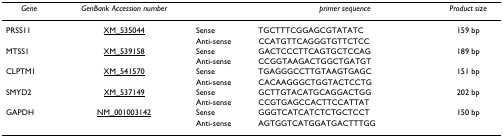
| Gene | GenBank Accession number |  | primer sequence | Product size |
 | --- | --- | --- | --- | --- |
 | PRSS11 | XM_535044 | Sense | TGCTTTCGGAGCGTATATC | 159 bp |
 |  |  | Anti-sense | CCATGTTCAGGGTGTTCTCC |  |
 | MTSS1 | XM_539158 | Sense | GACTCCCTTCAGTGCTCCAG | 189 bp |
 |  |  | Anti-sense | CCGGTAAGACTGGCTGATGT |  |
 | CLPTM1 | XM_541570 | Sense | TGAGGGCCTTGTAAGTGAGC | 151 bp |
 |  |  | Anti-sense | CACAAGGGCTGGTACTCCTG |  |
 | SMYD2 | XM_537149 | Sense | GCTTGTACATGCAGGACTGG | 202 bp |
 |  |  | Anti-sense | CCGTGAGCCACTTCCATTAT |  |
 | GAPDH | NM_001003142 | Sense | GGGTCATCATCTCTGCTCCT | 150 bp |
 |  |  | Anti-sense | AGTGGTCATGGATGACTTTGG |  |